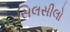
સિલસીલો